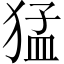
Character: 猛